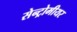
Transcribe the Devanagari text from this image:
सेन्ट्रोमीयर